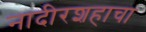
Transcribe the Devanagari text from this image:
नादीरशहाचा